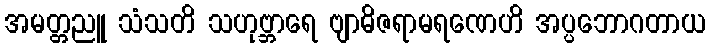
အမတ္တညူ သံသတိ သဟုဗ္ဘာရေ ဗျာဓိဇရာမရဏေဟိ အပ္ပဘောဂတာယ